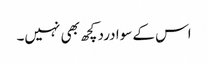
اس کے سوا درد کچھ بھی نہیں۔